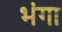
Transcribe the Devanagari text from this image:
भंगा